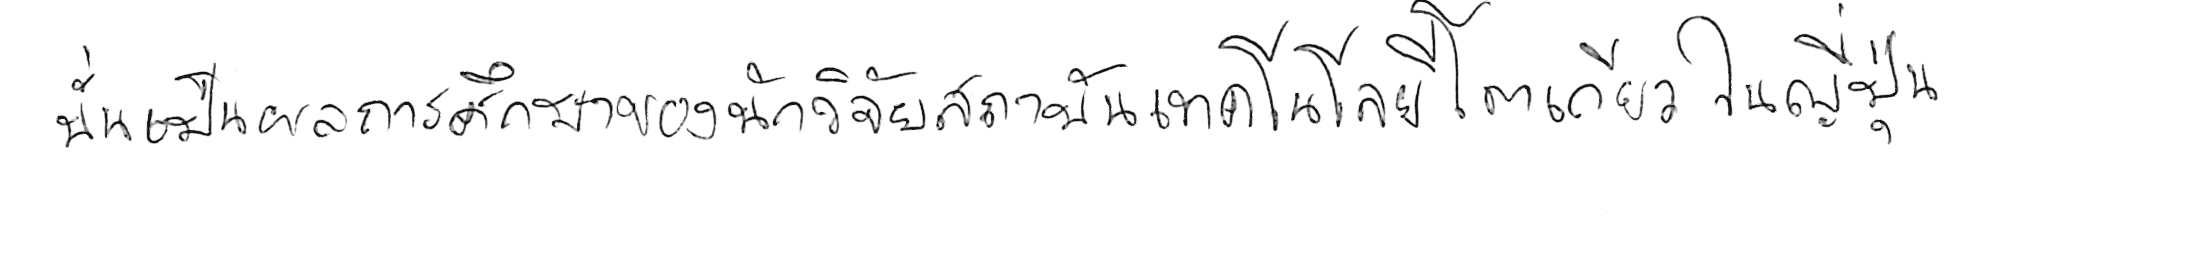
นั่นเป็นผลการศึกษาของนักวิจัยสถาบันเทคโนโลยีโตเกียว ในญี่ปุ่น